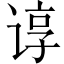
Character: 谆